Indian journal of veterinary science and animal husbandry - Volumes 24-25, 1954-1955
Year: 1954
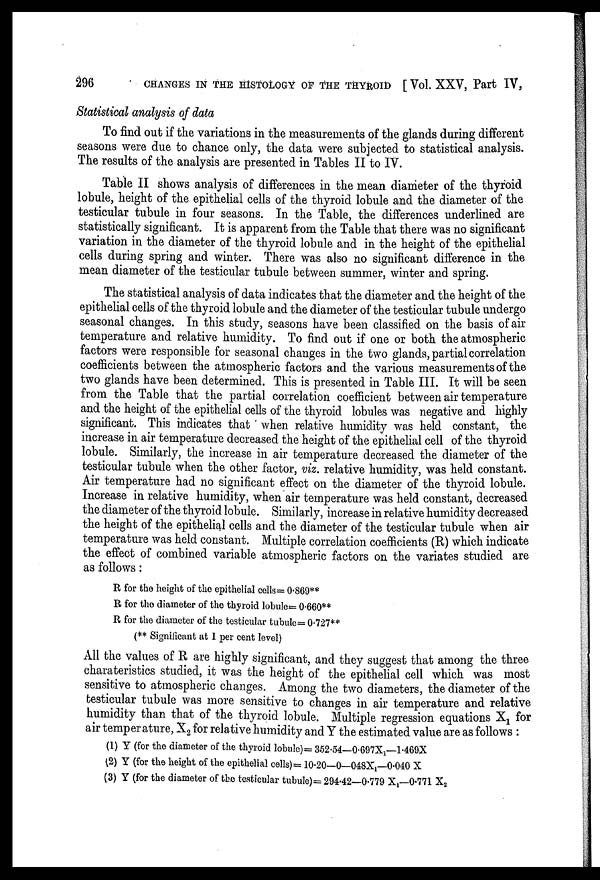
296
CHANGES IN THE HISTOLOGY OF THE THYROID [ Vol. XXV, Part IV,
Statistical analysis of data
To find out if the variations in the measurements of the glands during different
seasons were due to chance only, the data were subjected to statistical analysis.
The results of the analysis are presented in Tables II to IV.
Table II shows analysis of differences in the mean diameter of the thyroid
lobule, height of the epithelial cells of the thyroid lobule and the diameter of the
testicular tubule in four seasons. In the Table, the differences underlined are
statistically significant. It is apparent from the Table that there was no significant
variation in the diameter of the thyroid lobule and in the height of the epithelial
cells during spring and winter. There was also no significant difference in the
mean diameter of the testicular tubule between summer, winter and spring.
The statistical analysis of data indicates that the diameter and the height of the
epithelial cells of the thyroid lobule and the diameter of the testicular tubule undergo
seasonal changes. In this study, seasons have been classified on the basis of air
temperature and relative humidity. To find out if one or both the atmospheric
factors were responsible for seasonal changes in the two glands, partial correlation
coefficients between the atmospheric factors and the various measurements of the
two glands have been determined. This is presented in Table III. It will be seen
from the Table that the partial correlation coefficient between air temperature
and the height of the epithelial cells of the thyroid lobules was negative and highly
significant. This indicates that when relative humidity was held constant, the
increase in air temperature decreased the height of the epithelial cell of the thyroid
lobule. Similarly, the increase in air temperature decreased the diameter of the
testicular tubule when the other factor, viz. relative humidity, was held constant.
Air temperature had no significant effect on the diameter of the thyroid lobule.
Increase in relative humidity, when air temperature was held constant, decreased
the diameter of the thyroid lobule. Similarly, increase in relative humidity decreased
the height of the epithelial cells and the diameter of the testicular tubule when air
temperature was held constant. Multiple correlation coefficients (R) which indicate
the effect of combined variable atmospheric factors on the variates studied are
as follows:
R for the height of the epithelial cells= 0.869**
R for the diameter of the thyroid lobule= 0.660**
R for the diameter of the testicular tubule= 0.727**
(** Significant at 1 per cent level)
All the values of R are highly significant, and they suggest that among the three
charateristics studied, it was the height of the epithelial cell which was most
sensitive to atmospheric changes. Among the two diameters, the diameter of the
testicular tubule was more sensitive to changes in air temperature and relative
humidity than that of the thyroid lobule. Multiple regression equations X 1 for
air temperature, X 2 for relative humidity and Y the estimated value are as follows:
(1) Y (for the diameter of the thyroid lobule)= 352.54—0.697X 1 —1.469X
(2) Y (for the height of the epithelial cells)= 10.20—0—048X 1 —0.040 X
(3) Y (for the diameter of the testicular tubule)= 294.42—0.779 X 1 —0.771 X 2